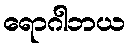
ရောဂါဘယ